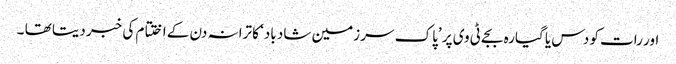
اور رات کو دس یا گیارہ بجے ٹی وی پر ’پاک سر زمین شاد باد‘ کا ترانہ دن کے اختتام کی خبر دیتا تھا ۔